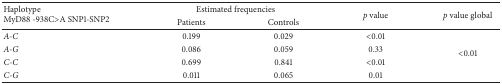
<table><thead><tr><td rowspan="2"><b>HaplotypeMyD88 -938C&gt;A SNP1-SNP2</b></td><td colspan="2"><b> Estimated frequencies</b></td><td rowspan="2"><b><i>p </i>value</b></td><td rowspan="2"><b><i>p </i>value global</b></td></tr><tr><td><b>Patients</b></td><td><b>Controls</b></td></tr></thead><tbody><tr><td><i>A-C</i></td><td>0.199</td><td>0.029</td><td>&lt;0.01</td><td rowspan="4">&lt;0.01</td></tr><tr><td><i>A-G</i></td><td>0.086</td><td>0.059</td><td>0.33</td></tr><tr><td><i>C-C</i></td><td>0.699</td><td>0.841</td><td>&lt;0.01</td></tr><tr><td><i>C-G</i></td><td>0.011</td><td>0.065</td><td>0.01</td></tr></tbody></table>